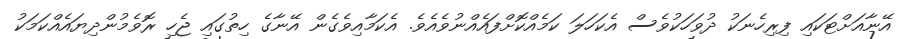
އޭނާއަށްޓަކައި ފިރިހެނަކު ދުވަހަކުވެސް އެކަހަލަ ކަމެއްކޮށްފައެއްނުވެއެވެ. އެކަމާއިވެގެން އޭނާގެ ހިތުގައި ޖެހި ރޮވެމުންދިޔައެއްކަމަކު